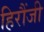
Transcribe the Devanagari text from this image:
हिरौंजी